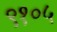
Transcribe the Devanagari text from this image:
९१०५